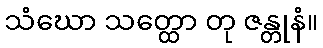
သံဃော သတ္ထော တု ဇန္တုနံ။